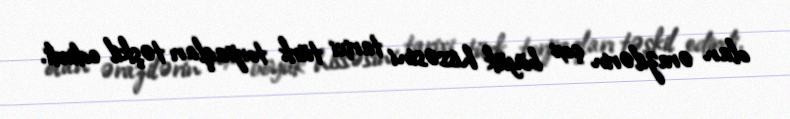
olan ərazilərin çox böyük hissəsini tarixi türk torpaqları təşkil edirdi.